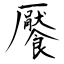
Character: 饜